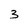
Character: 3